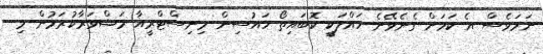
ނަމަވެސް އެ ކަމަށް ގެނެވޭނެ ހައްލަކީ ކޮބައިތޯ ހައުސިން މިނިސްޓްރީއާ މަޝްވަރާކުރަމުން މި